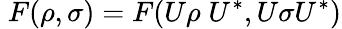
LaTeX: \; F(\rho,\sigma)=F(U\rho\; U^{*},U\sigma U^{*})